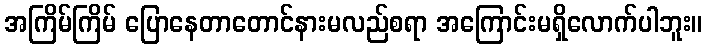
အကြိမ်ကြိမ် ပြောနေတာတောင်နားမလည်စရာ အကြောင်းမရှိလောက်ပါဘူး။